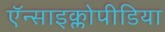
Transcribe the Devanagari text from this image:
ऍन्साइक्लोपीडिया